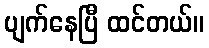
ပျက်နေပြီ ထင်တယ်။